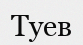
Туев